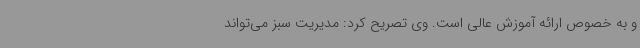
و به خصوص ارائه آموزش عالی است. وی تصریح کرد: مدیریت سبز می‌تواند